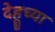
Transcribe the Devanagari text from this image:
देहूच्या